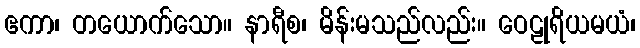
ဧကာ၊ တယောက်သော။ နာရီစ၊ မိန်းမသည်လည်း။ ဝေဠုရိယမယံ၊